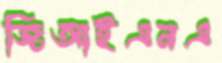
জিআইএনএ